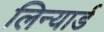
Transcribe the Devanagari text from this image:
लिन्यार्ड